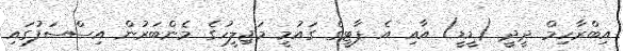
އިބްރާހިމް ދީދީ (ޑީޑީ) އާއި އެ ޕާޓީގެ ގައުމީ މަޖިލީހުގެ މެންބަރުން އިސްސަފުގައި